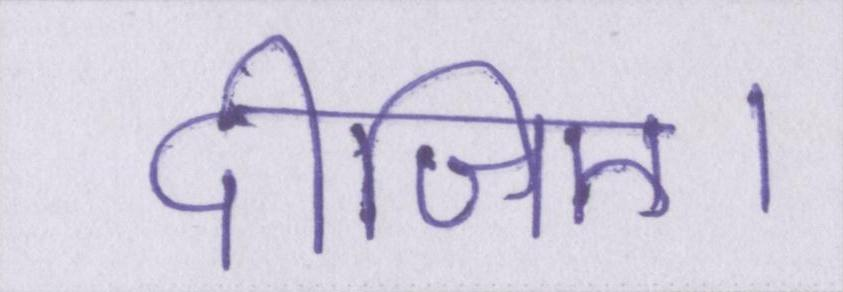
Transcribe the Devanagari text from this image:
दीजिए।